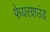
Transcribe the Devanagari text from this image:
फेयरग्राउंड